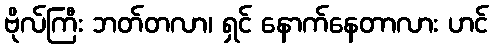
ဗိုလ်ကြီး ဘတ်တလာ၊ ရှင် နောက်နေတာလား ဟင်